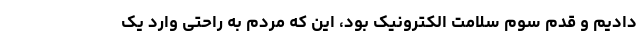
دادیم و قدم سوم سلامت الکترونیک بود، این که مردم به راحتی وارد یک